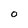
Character: O